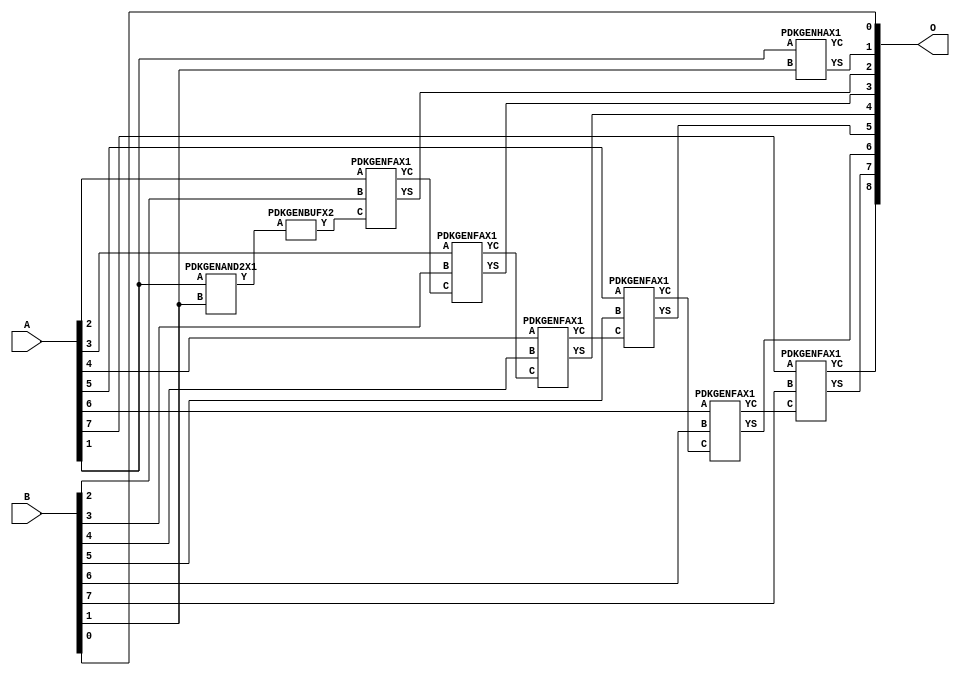
// Library = EvoApprox8b
// Circuit = add8_111
// Area   (180) = 856
// Delay  (180) = 1.500
// Power  (180) = 297.40
// Area   (45) = 63
// Delay  (45) = 0.570
// Power  (45) = 28.70
// Nodes = 9
// HD = 65408
// MAE = 0.50000
// MSE = 0.50000
// MRE = 0.27 %
// WCE = 1
// WCRE = 100 %
// EP = 50.0 %

module add8_111(A, B, O);
  input [7:0] A;
  input [7:0] B;
  output [8:0] O;
  wire [2031:0] N;

  assign N[0] = A[0];
  assign N[1] = A[0];
  assign N[2] = A[1];
  assign N[3] = A[1];
  assign N[4] = A[2];
  assign N[5] = A[2];
  assign N[6] = A[3];
  assign N[7] = A[3];
  assign N[8] = A[4];
  assign N[9] = A[4];
  assign N[10] = A[5];
  assign N[11] = A[5];
  assign N[12] = A[6];
  assign N[13] = A[6];
  assign N[14] = A[7];
  assign N[15] = A[7];
  assign N[16] = B[0];
  assign N[17] = B[0];
  assign N[18] = B[1];
  assign N[19] = B[1];
  assign N[20] = B[2];
  assign N[21] = B[2];
  assign N[22] = B[3];
  assign N[23] = B[3];
  assign N[24] = B[4];
  assign N[25] = B[4];
  assign N[26] = B[5];
  assign N[27] = B[5];
  assign N[28] = B[6];
  assign N[29] = B[6];
  assign N[30] = B[7];
  assign N[31] = B[7];

  PDKGENAND2X1 n62(.A(N[2]), .B(N[18]), .Y(N[62]));
  assign N[63] = N[62];
  PDKGENHAX1 n82(.A(N[2]), .B(N[18]), .YS(N[82]), .YC(N[83]));
  PDKGENBUFX2 n98(.A(N[63]), .Y(N[98]));
  assign N[99] = N[98];
  PDKGENFAX1 n132(.A(N[4]), .B(N[20]), .C(N[99]), .YS(N[132]), .YC(N[133]));
  PDKGENFAX1 n182(.A(N[6]), .B(N[22]), .C(N[133]), .YS(N[182]), .YC(N[183]));
  PDKGENFAX1 n232(.A(N[8]), .B(N[24]), .C(N[183]), .YS(N[232]), .YC(N[233]));
  PDKGENFAX1 n282(.A(N[10]), .B(N[26]), .C(N[233]), .YS(N[282]), .YC(N[283]));
  PDKGENFAX1 n332(.A(N[12]), .B(N[28]), .C(N[283]), .YS(N[332]), .YC(N[333]));
  PDKGENFAX1 n382(.A(N[14]), .B(N[30]), .C(N[333]), .YS(N[382]), .YC(N[383]));

  assign O[0] = N[16];
  assign O[1] = N[82];
  assign O[2] = N[132];
  assign O[3] = N[182];
  assign O[4] = N[232];
  assign O[5] = N[282];
  assign O[6] = N[332];
  assign O[7] = N[382];
  assign O[8] = N[383];

endmodule
/* mod */
module PDKGENHAX1( input A, input B, output YS, output YC );
    assign YS = A ^ B;
    assign YC = A & B;
endmodule
/* mod */
module PDKGENAND2X1(input A, input B, output Y );
     assign Y = A & B;
endmodule
/* mod */
module PDKGENFAX1( input A, input B, input C, output YS, output YC );
    assign YS = (A ^ B) ^ C;
    assign YC = (A & B) | (B & C) | (A & C);
endmodule
/* mod */
module PDKGENBUFX2(input A, output Y );
     assign Y = A;
endmodule